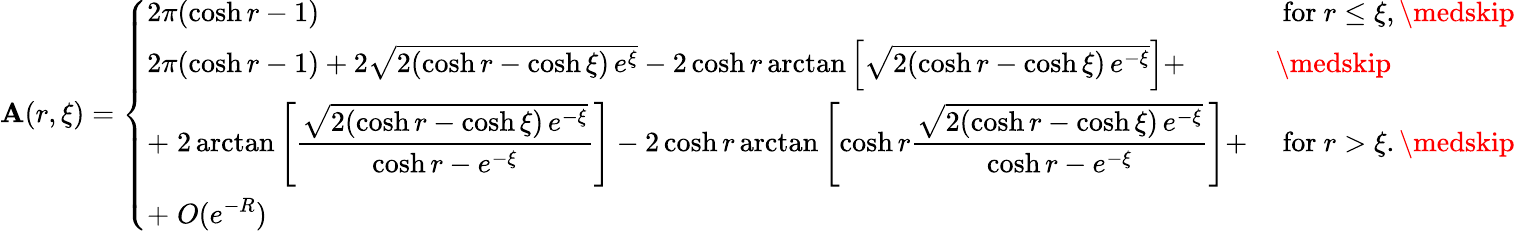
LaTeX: \mathbf{A}(r,\xi)=\left\{ \begin{array}{ll}{2\pi(\cosh r-1)}&{\mathrm{~for~}r\leq\xi,\medskip}\\ {2\pi(\cosh r-1)+2\sqrt{2(\cosh r-\cosh\xi)\, e^{\xi}}-2\cosh r\arctan\left[\sqrt{2(\cosh r-\cosh\xi)\, e^{-\xi}}\right]+}&{\medskip}\\ {\displaystyle+\; 2\arctan\left[\frac{\sqrt{2(\cosh r-\cosh\xi)\, e^{-\xi}}}{\cosh r-e^{-\xi}}\right]-2\cosh r\arctan\left[\cosh r\frac{\sqrt{2(\cosh r-\cosh\xi)\, e^{-\xi}}}{\cosh r-e^{-\xi}}\right]+}&{\mathrm{~for~}r>\xi.\medskip}\\ {\displaystyle+\; O(e^{-R})}&\end{array}\right.